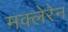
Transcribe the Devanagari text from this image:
मक्लेरेन